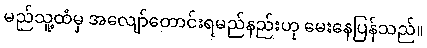
မည်သူ့ထံမှ အလျော်တောင်းရမည်နည်းဟု မေးနေပြန်သည်။